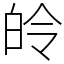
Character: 皊